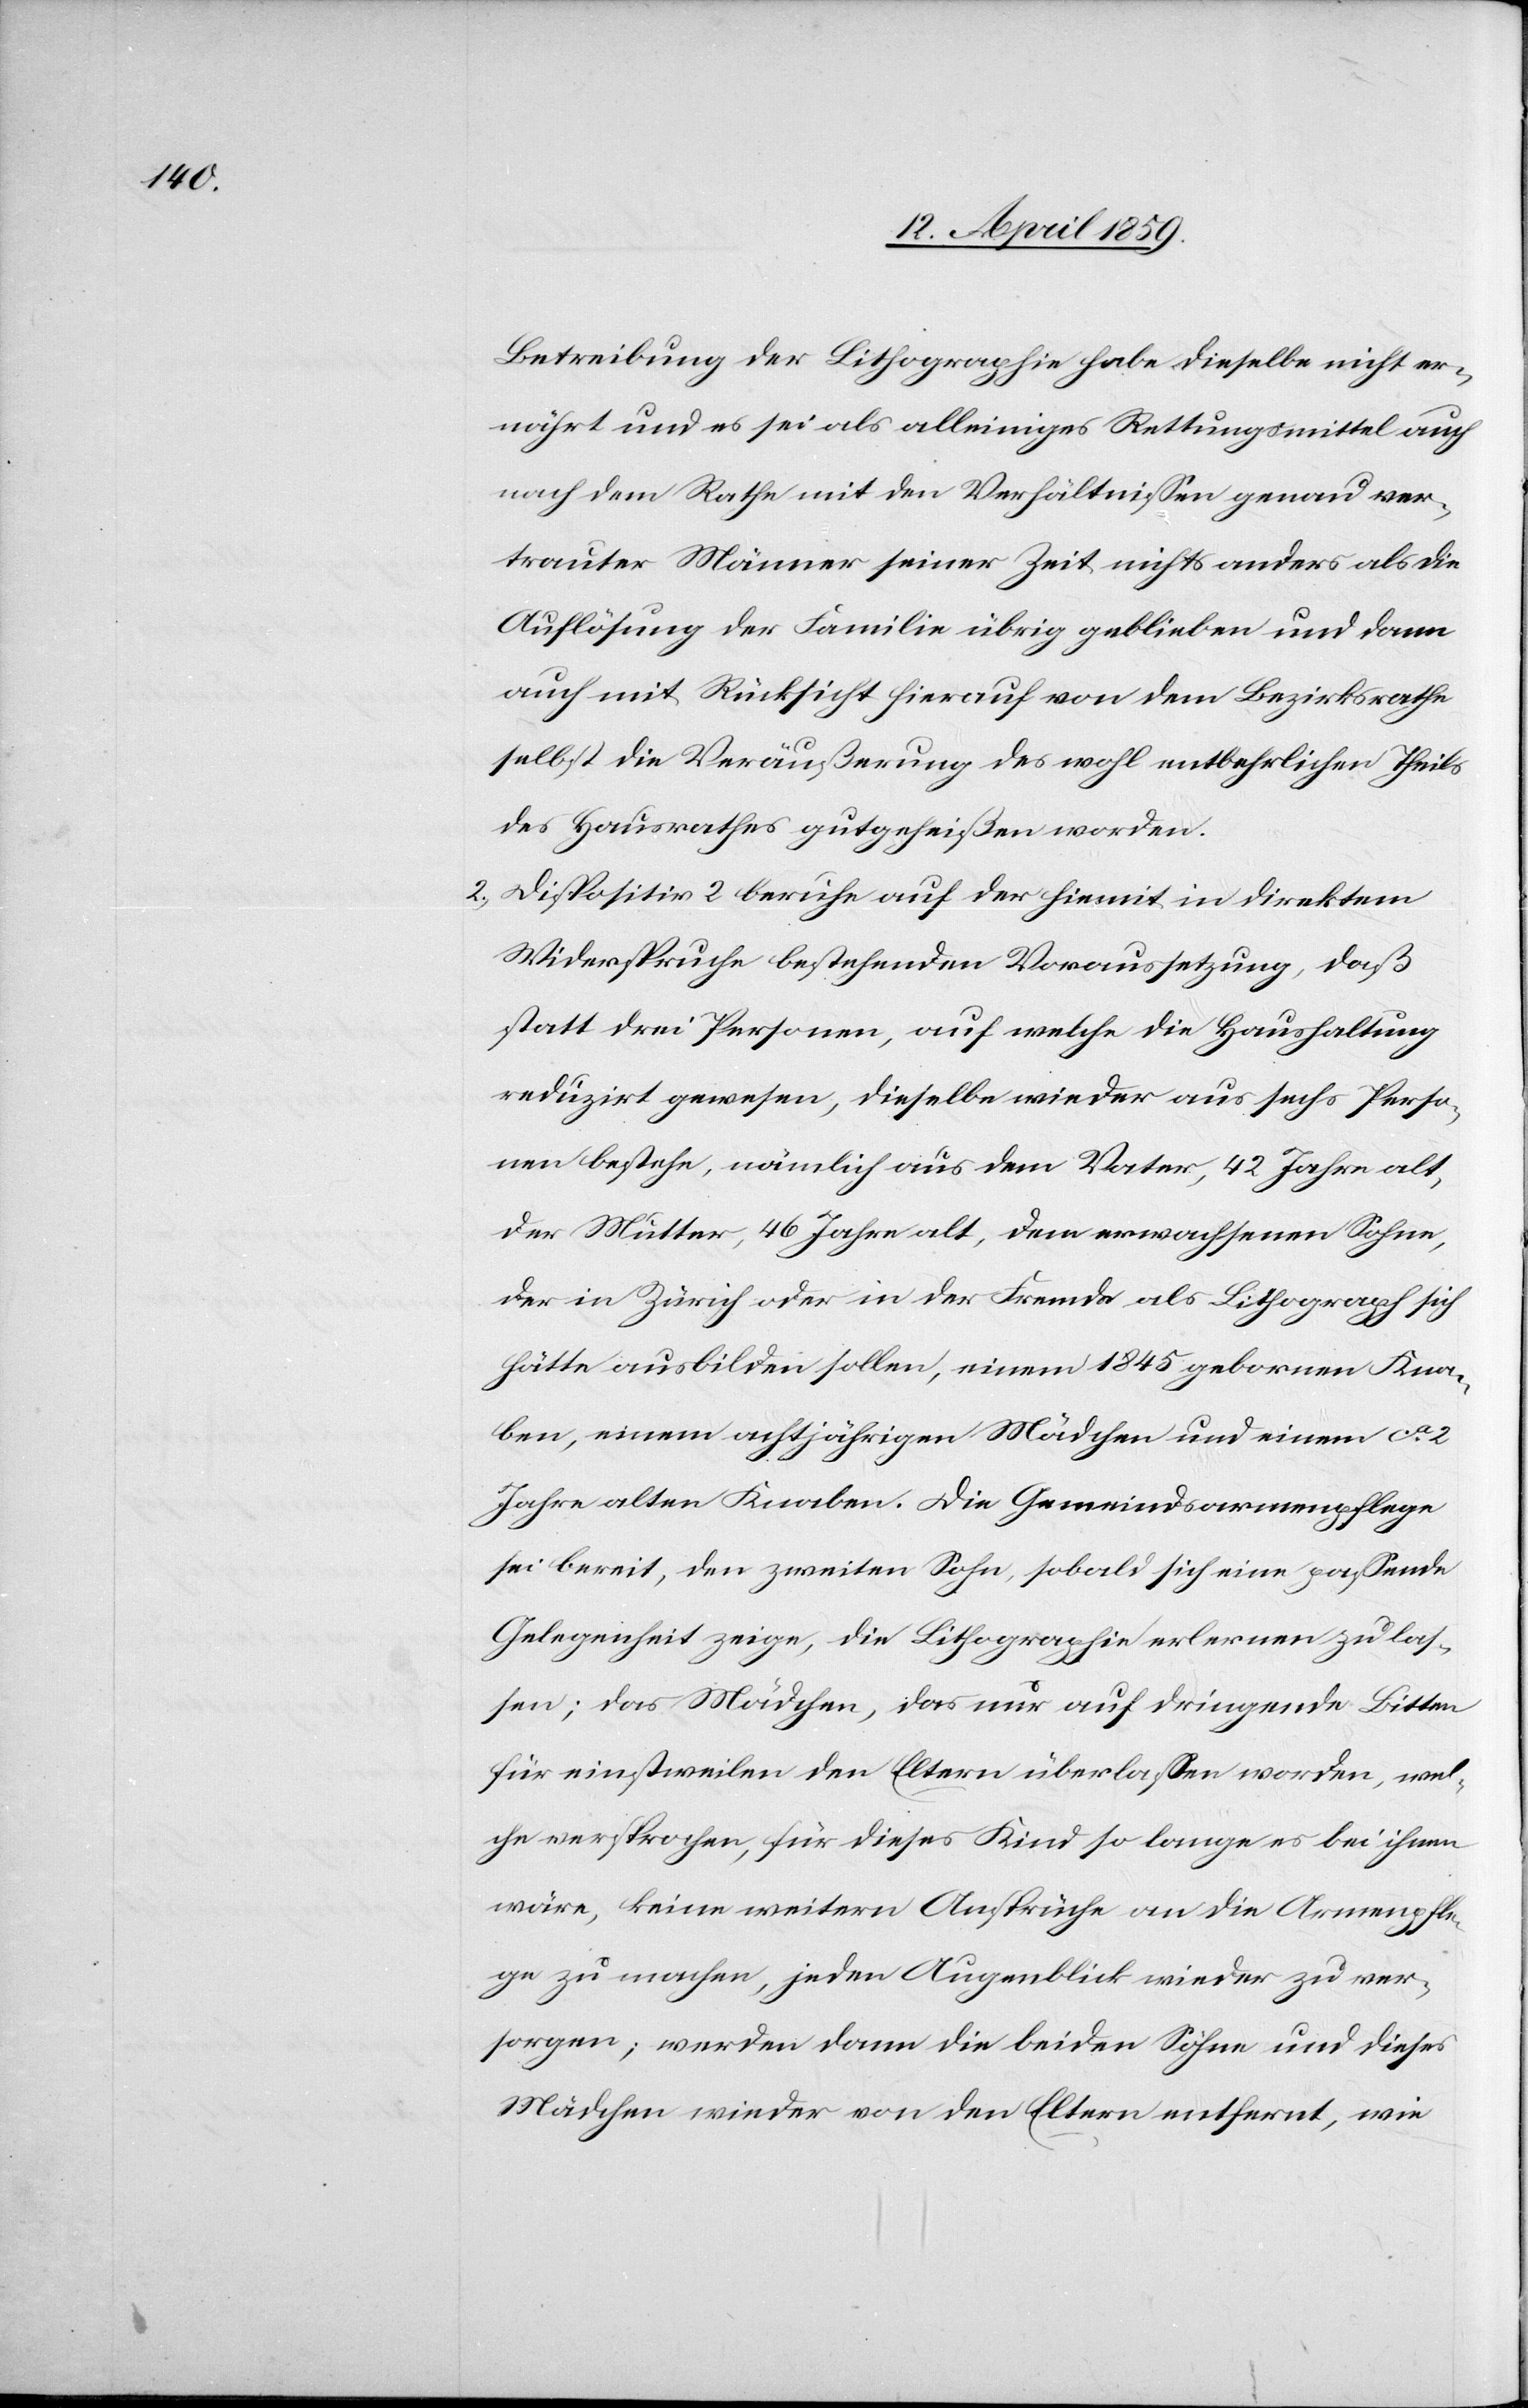
Betreibung der Lithographie habe dieselbe nicht er¬
nährt und es sei als alleiniges Rettungsmittel auch
nach dem Rathe mit den Verhältnißen genau ver¬
trauter Männer seiner Zeit nichts anders als die
Auflösung der Familie übrig geblieben und dann
auch mit Rücksicht hierauf von dem Bezirksrathe
selbst die Veräußerung des wohl entbehrlichen Theils
des Hausrathes gutgeheißen worden.
2) Dispositiv 2 beruhe auf der hiemit in direktem
Widerspruche bestehenden Voraussetzung, daß
statt drei Personen, auf welche die Haushaltung
reduzirt gewesen, dieselbe wieder aus sechs Perso¬
nen bestehe, nämlich aus dem Vater, 42 Jahre alt,
der Mutter, 46 Jahre alt, dem erwachsenen Sohne,
der in Zürich oder in der Fremde als Lithograph sich
hätte ausbilden sollen, einem 1845 gebornen Kna¬
ben, einem achtjährigen Mädchen und einem ca
Jahre alten Knaben. Die Gemeindsarmenpflege
sei bereit, den zweiten Sohn, sobald sich eine paßende
Gelegenheit zeige, die Lithographie erlernen zu las¬
sen; das Mädchen, das nur auf dringende Bitten
für einstweilen den Eltern überlaßen worden, wel¬
che versprachen, für dieses Kind so lange es bei ihnen
wäre, keine weitern Ansprüche an die Armenpfle¬
ge zu machen, jeden Augenblick wieder zu ver¬
sorgen; werden dann die beiden Söhne und dieses
Mädchen wieder von den Eltern entfernt, wie